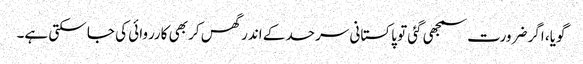
گویا، اگر ضرورت سمجھی گئی تو پاکستانی سرحد کے اندر گھس کر بھی کارروائی کی جا سکتی ہے۔